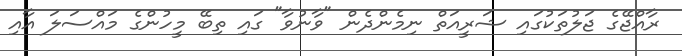
ރާއްޖޭގެ ޖަލުތަކުގައި ޝަރީއަތް ނިމެންދެން "ވާނުވާ" ގައި ތިބޭ މީހުންގެ މައްސަލަ އާއި